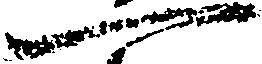
一